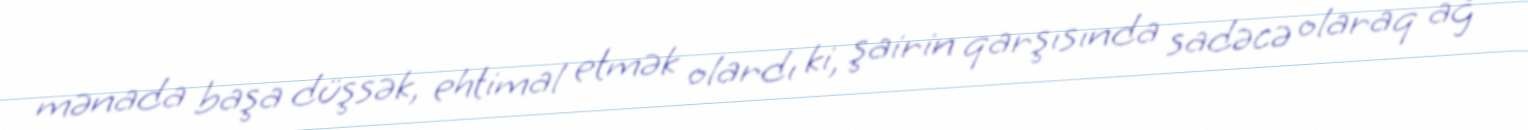
mənada başa düşsək, ehtimal etmək olardı ki, şairin qarşısında sadəcə olaraq ağ